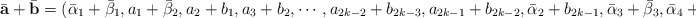
\begin{align*}\bar{\mathbf{a}}+\bar{\mathbf{b}}=(\bar{\alpha}_1+\bar{\beta}_1,a_1+\bar{\beta}_2,a_2+b_1,a_3+b_2,\cdots,a_{2k-2}+b_{2k-3},a_{2k-1}+b_{2k-2},\bar{\alpha}_2+b_{2k-1},\bar{\alpha}_3+\bar{\beta}_3,\bar{\alpha}_4+\bar{\beta}_4).\end{align*}